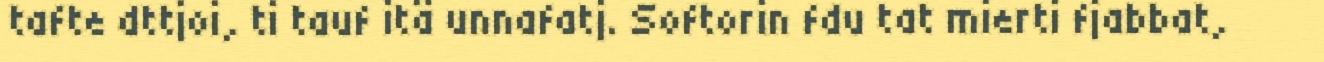
tafte dttjoi, ti tauf itä unnafatj. Softorin fdu tat mierti fjabbat,